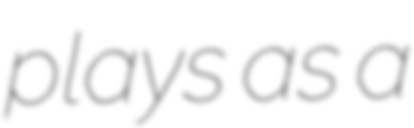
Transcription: plays as a